Report on horse surra - Volume I
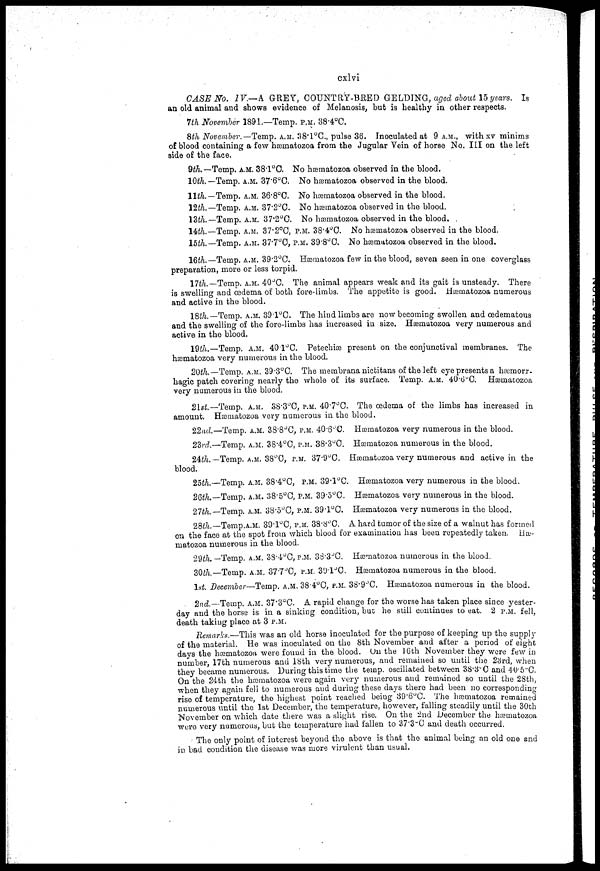
cxlvi
CASE No. IV—A GREY, COUNTRY-BRED GELDING, aged about 15 years. Is
an old animal and shows evidence of Melanosis, bub is healthy in other respects.
7 th November 1891 —Temp. P.M. 38.4°C.
8th November.— Temp. A.M. 38.1°C., pulse 36. Inoculated at 9 A.M., with xv minims
of blood containing a few hæmatozoa from the Jugular Vein of horse No. III on the left
side of the face.
9th.— Temp. A.M. 38.1o C. No hæmatozoa observed in the blood.
10th. —Temp. A.M. 37.6°C. No hæmatozoa observed in the blood.
llth.—Temp. A.M. 36,8°C. No hæmatozoa observed in the blood.
12th.— Temp. A.M. 37.2°C. No hæmatozoa observed in the blood.
13th.—Temp. A.M. 37.2°C. No hæmatozoa observed in the blood.
14th.— Temp. A.M. 37.2°C, P.M. 38.4°C. No hæimatozoa observed in the blood.
15th.— Temp. A.M. 37.7°C, P.M. 39.8°C. No hæmatozoa observed in the blood.
16th.— Temp. A.M. 39.2°C. Hæinatozoa few in the blood, seven seen in one coverglass
preparation, more or less torpid.
17th.— Temp. A.M. 40°C. The animal appears weak and its gait is unsteady. There
is swelling and oedema of both fore-limbs. The appetite is good. Hæmatozoa numerous
and active in the blood.
18th.— Temp. A.M. 39.1°C. The hind limbs are now becoming swollen and œdematous
and the swelling of the fore-limbs has increased in size. Hæmatozoa very numerous and
active in the blood.
19th.—Temp. A.M. 40.1ºC. Petechiæ present on the conjunctival membranes. The
hæmatozoa very numerous in the blood.
20th.— Temp. A.M. 39.3ºC. The membrana nictitans of the left eye presents a hæmorr-
hagic patch covering nearly the whole of its surface. Temp. A.M. 40.6ºC. Hæmatozoa
very numerous in the blood.
2lst— Temp. A.M. 38,3ºC, P.M. 40.7°C. The œdema of the limbs has increased in
amount. Hæmatozoa very numerous in the blood.
22nd.—Temp. A.M. 38.8°C, P.M. 40.6ºC Hæmatozoa very numerous in the blood.
23rd.—Temp. A.M. 38.4ºC, P.M. 38.3ºC. Hæmatozoa numerous in the blood.
24th.— Temp. A.M. 38°C, P.M. 37.9°C. Hæmatozoa very numerous and active in the
blood.
25th.—Temp. A.M. 38.4°C, P.M. 39.1°C. Hæmatozoa very numerous in the blood.
26th.—Temp, A.M. 38.5°C, P.M. 39.5°C. Hæmatozoa very numerous in the blood.
27th.—Temp, A.M. 38.5°C, P.M. 39.l°C. Hæmatozoa very numerous in the blood.
28th.— Temp.A.M. 39.1°C, P.M. 38.8°C. A hard tumor of the size of a walnut has formed
on the face at the spot from which blood for examination has been repeatedly taken. Hæ-
matozoa numerous in the blood.
29th. — Temp. A.M. 38.4°C, P.M. 38.3ºC. Hæmatozoa numerous in the blood.
30th.—Temp. A.M. 37.7°C, P.M. 37.7ºC. Hæmatozoa numerous in the blood.
1st. December—Temp. A.M. 38.4°C, P.M. 38.9oC. Hæmatozoa numerous in the blood.
2nd.__Temp. A.M. 37.3ºC. A rapid change for the worse has taken place since yester-
day and the horse is in a sinking condition, but he still continues to eat. 2 P.M. fell,
death taking place at 3 P.M.
Remarks.—This was an old horse inoculated for the purpose of keeping up the supply
of the material. He was inoculated on the 8th November and after a period of eight
days the hæmatozoa were found in the blood. On the l6th November they were few in
number, 17th numerous and 18th very numerous, and remained so until the 23rd, when
they became numerous. During this time the temp, oscillated between 38.3ºC and 40.5ºC.
On the 24th the hæmatozoa were again very numerous and remained so until the 28th,
when they again fell to numerous and during these days there had been no corresponding
rise of temperature, the highest point reached being 39.6°C. The hæmatozoa remained
numerous until the 1st December, the temperature, however, falling steadily until the 30th
November on which date there was a slight rise. On the 2nd December the hæmatozoa
were very numerous, but the temperature had fallen to 37.3ºC and death occurred.
The only point of interest beyond the above is that the animal being an old one and
in bad condition the disease was more virulent than usual.